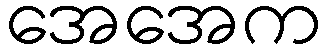
အေအေက